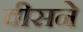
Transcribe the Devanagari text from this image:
वीसने